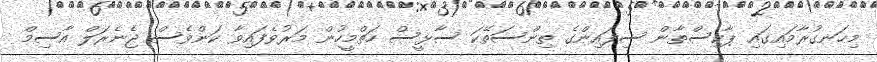
މިހަނގުރާމައިގައި ޕާކިސްތާން ސިފައިންގެ ތިންސަތޭކަ ސާޅީސް ހަތްމީހުން މަރުވެފައިވާ ކަންވެސް ޖެނެރަލް އާސިމް